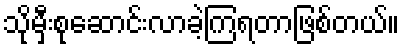
သိုမှီးစုဆောင်းလာခဲ့ကြရတာဖြစ်တယ်။